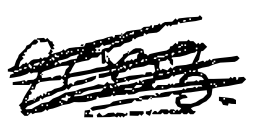
Text: 2003.
Cross-out: scratch
Writing tool: digital_black